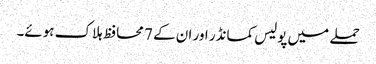
حملے میں پولیس کمانڈر اور ان کے 7 محافظ ہلاک ہوئے۔